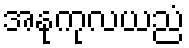
အနုကုလယညံ